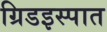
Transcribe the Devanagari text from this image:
ग्रिडइस्पात